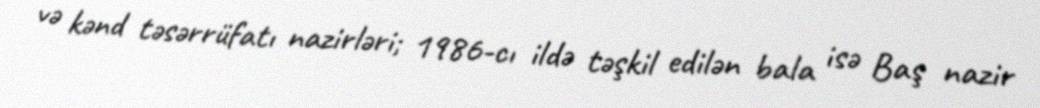
və kənd təsərrüfatı nazirləri; 1986-cı ildə təşkil edilən bala isə Baş nazir